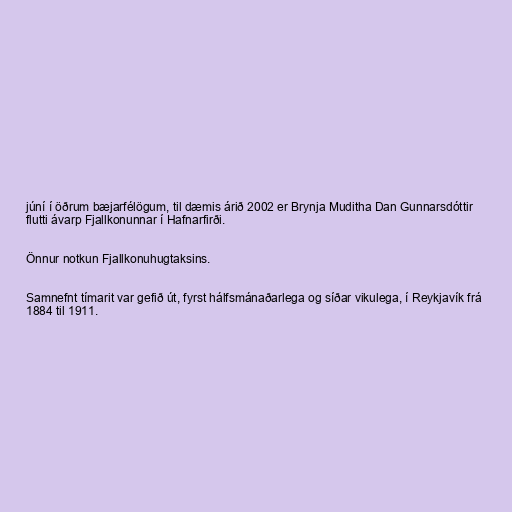
júní í öðrum bæjarfélögum, til dæmis árið 2002 er Brynja Muditha Dan Gunnarsdóttir
flutti ávarp Fjallkonunnar í Hafnarfirði.

Önnur notkun Fjallkonuhugtaksins.

Samnefnt tímarit var gefið út, fyrst hálfsmánaðarlega og síðar vikulega, í Reykjavík frá
1884 til 1911.